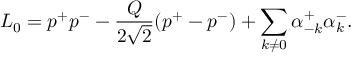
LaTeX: L _ { 0 } = p ^ { + } p ^ { - } - \frac { Q } { 2 \sqrt { 2 } } ( p ^ { + } - p ^ { - } ) + \sum _ { k \ne 0 } \alpha _ { - k } ^ { + } \alpha _ { k } ^ { - } .